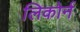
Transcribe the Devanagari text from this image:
लिकोर्न